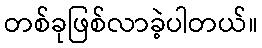
တစ်ခုဖြစ်လာခဲ့ပါတယ်။